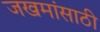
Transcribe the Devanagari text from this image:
जखमांसाठी